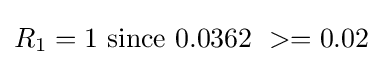
R_{1}=1~{\mbox{since}}~0.0362\ >=0.02